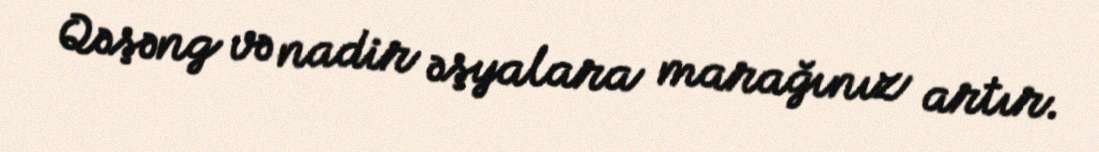
Qəşəng və nadir əşyalara marağınız artır.